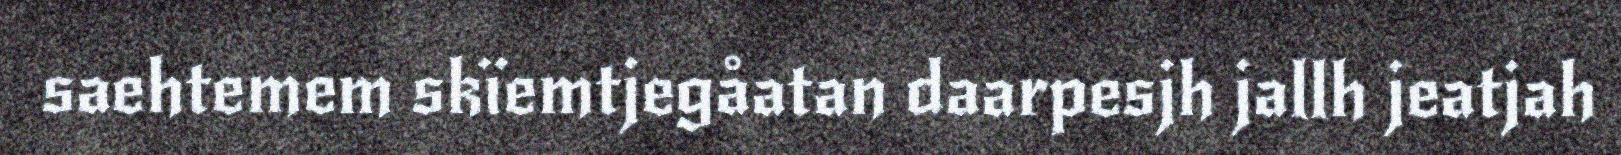
saehtemem skïemtjegåatan daarpesjh jallh jeatjah